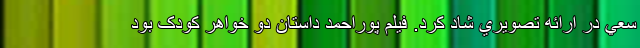
سعي در ارائه تصويري شاد کرد. فيلم پوراحمد داستان دو خواهر کودک بود